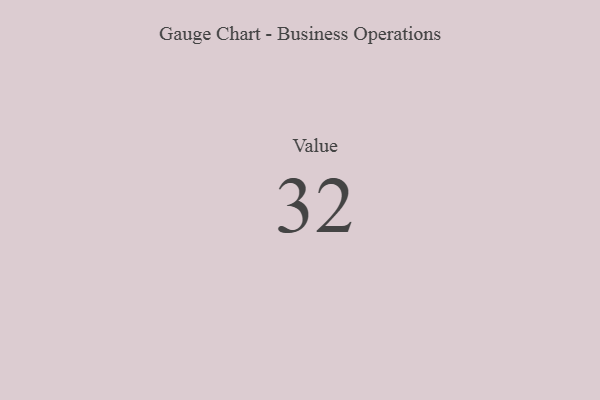
{"axis": {"x": "Metric", "y": "Value"}, "legend": [""], "data": [{"x": "Value", "y": 32, "type": ""}]}